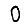
Digit: 0